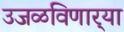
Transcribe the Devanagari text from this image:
उजळविणार्‍या